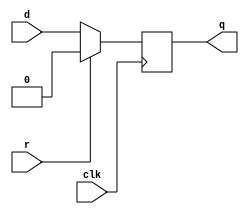
module top_module (
    input clk,
    input d, 
    input r,   // synchronous reset
    output q);
    always @ (posedge clk) begin
        if (r) begin
            q <= 0;
        end
        else begin
            q <= d;
        end
    end
endmodule